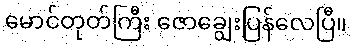
မောင်တုတ်ကြီး ဇောချွေးပြန်လေပြီ။